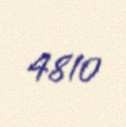
4810